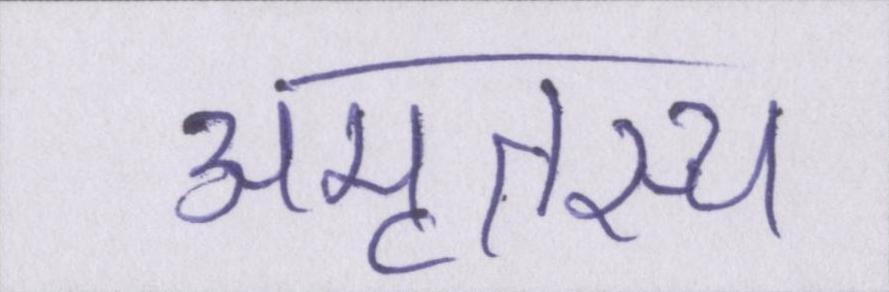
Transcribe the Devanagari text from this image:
अमृतस्य